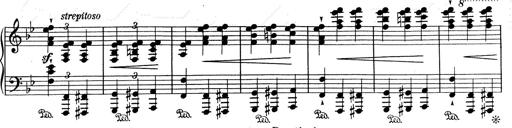
Title: RÃ©miniscences de Don Juan
Composer: Franz Liszt